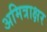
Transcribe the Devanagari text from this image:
अमित्राक्षर